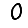
Digit: 0